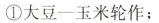
①大豆一玉米轮作；②秸秆免耕覆盖还田。